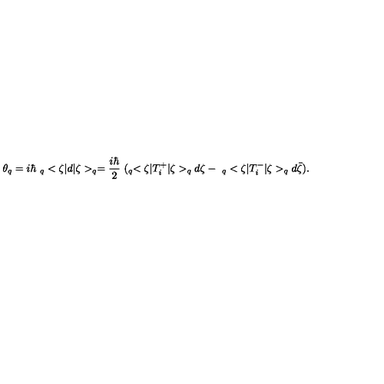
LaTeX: \theta _ { q } = i \hbar \ _ { q } < \zeta | d | \zeta > _ { q } = \frac { i \hbar } { 2 } \ ( _ { q } < \zeta | T _ { i } ^ { + } | \zeta > _ { q } d \zeta - \ _ { q } < \zeta | T _ { i } ^ { - } | \zeta > _ { q } d \bar { \zeta } ) .